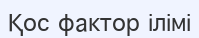
Қос фактор ілімі